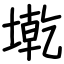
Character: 墘